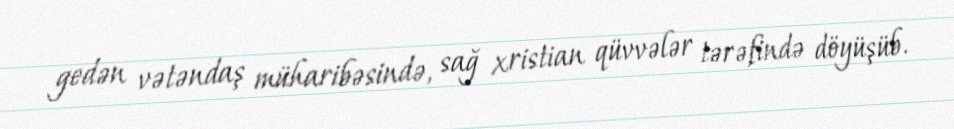
gedən vətəndaş müharibəsində, sağ xristian qüvvələr tərəfində döyüşüb.